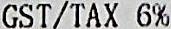
GST/TAX 6%